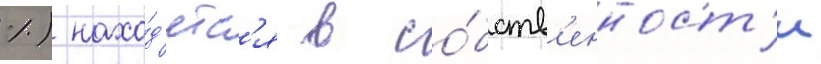
%) нахо́д'ятс'я в со́бств'енност'и